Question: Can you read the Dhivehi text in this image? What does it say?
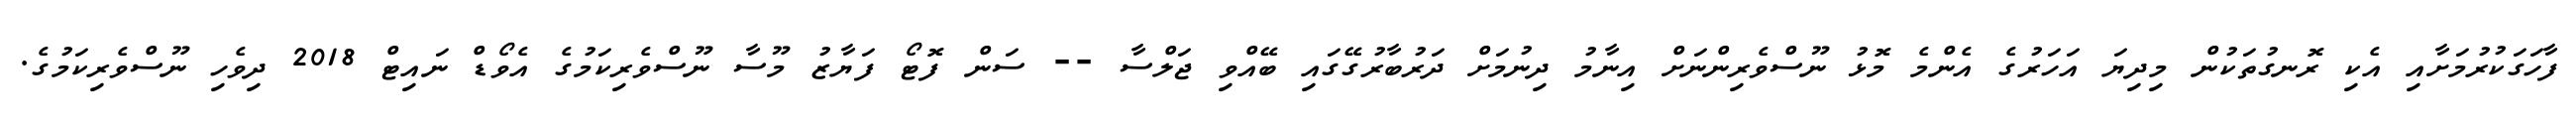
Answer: ފާހަގަކުރުމަށާއި އެކި ރޮނގުތަކުން މިދިޔަ އަހަރުގެ އެންމެ މޮޅު ނޫސްވެރިންނަށް އިނާމު ދިނުމަށް ދަރުބާރުގޭގައި ބޭއްވި ޖަލްސާ -- ސަން ފޮޓޯ ފަޔާޒު މޫސާ ނޫސްވެރިކަމުގެ އެވޯޑް ނައިޓް 2018 ދިވެހި ނޫސްވެރިކަމުގެ.